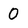
Character: 0